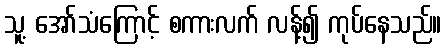
သူ့ အော်သံကြောင့် စကားလက် လန့်၍ ကုပ်နေသည်။